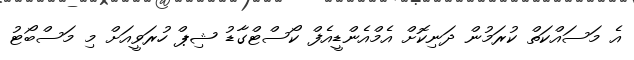
އެ މަސައްކަތް ކުރަމުން ދަނިކޮށް އެމްއެންޑީއެފް ކޯސްޓްގާޑު ޝިޕް ހުރަވީއަށް މި މަސްބޯޓު